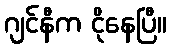
ဂျင်နီက ငိုနေပြီ။